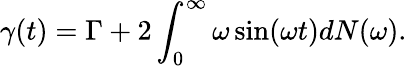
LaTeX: \gamma(t)=\Gamma+2\int_{0}^{\infty}\omega\sin(\omega t)dN(\omega).